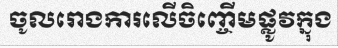
ចូលរោងការលើចិញ្ចើមផ្លូវក្នុង